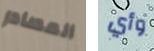
المصادر وأي